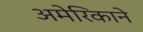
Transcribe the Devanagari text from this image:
अमेरिकाने